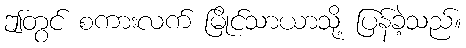
ဤတွင် စကားလက် မြိုင်သာယာသို့ ပြန်ခဲ့သည်။